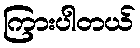
ကြားပါတယ်